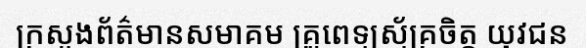
ក្រសួងព័ត៌មានសមាគម គ្រូពេទ្យស្ម័គ្រចិត្ត យុវជន